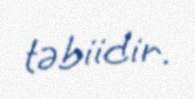
təbiidir.